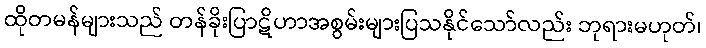
ထိုတမန်များသည် တန်ခိုးပြာဋိဟာအစွမ်းများပြသနိုင်သော်လည်း ဘုရားမဟုတ်၊